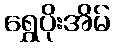
ရွှေပိုးအိမ်